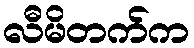
လီမိတက်က